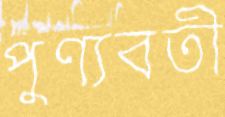
পুণ্যবতী